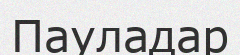
Пауладар